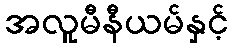
အလူမီနီယမ်နှင့်